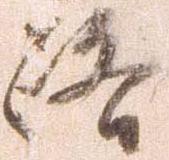
路